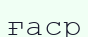
ғаср